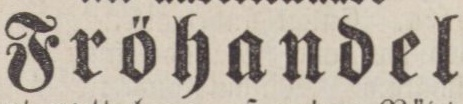
Fröhandel